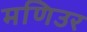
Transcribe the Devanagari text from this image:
मणिउर